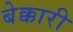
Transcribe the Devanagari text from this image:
बेक्कारी